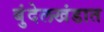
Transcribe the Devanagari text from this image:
बुंदेलखंडात